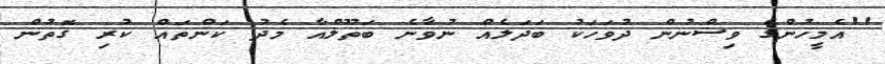
''އެމީހުންގެ ވިސްނުން ދުވަހަކު ބަދަލެއް ނުވާނެ ބަތޫލްއާ މެދު ކަންތައް ކުރި ގޮތުން